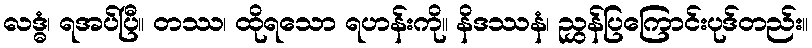
လဒ္ဓံ၊ ရအပ်ပြီ။ တဿ၊ ထိုရသော ရဟန်းကို။ နိဒဿနံ၊ ညွှန်ပြကြောင်းပုဒ်တည်း။